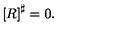
\left[ R \right] ^ { \sharp } = 0 .